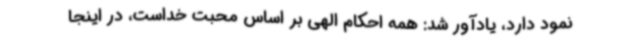
نمود دارد، یادآور شد: همه احکام الهی بر اساس محبت خداست، در اینجا